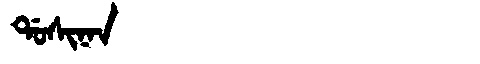
Manchu: ᡩᠣᠰᡳᠨᠠᠨ
Romanization: DOSINAN